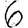
Digit: 6